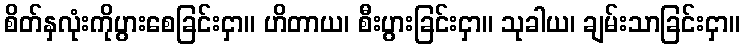
စိတ်နှလုံးကိုပွားစေခြင်းငှာ။ ဟိတာယ၊ စီးပွားခြင်းငှာ။ သုခါယ၊ ချမ်းသာခြင်းငှာ။